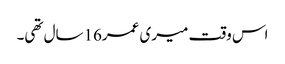
اس وقت میری عمر16سال تھی۔